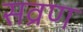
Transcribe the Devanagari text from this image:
सव्रण